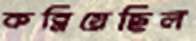
কব্‌লিয়েছিল